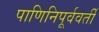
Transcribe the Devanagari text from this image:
पाणिनिपूर्ववर्ती